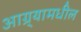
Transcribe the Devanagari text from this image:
आग्र्यामधील